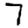
Digit: 7